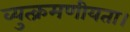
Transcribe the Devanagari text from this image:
व्युत्क्रमणीयता।